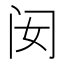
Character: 𰿧